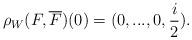
LaTeX: \begin{align*}\rho_{W}(F, \overline{F})(0)=(0, ..., 0, \frac{i}{2}).\end{align*}